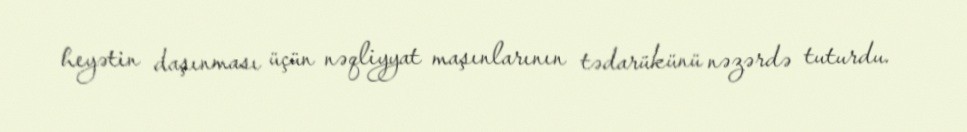
heyətin daşınması üçün nəqliyyat maşınlarının tədarükünü nəzərdə tuturdu.